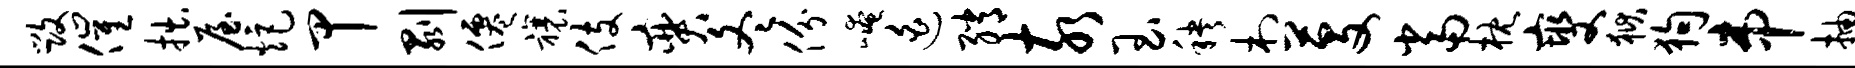
毁催拙屋炬甲剥仙禳伎奕冬份崦迫绡亥玉秧村芟当枕燮狱狗串抽